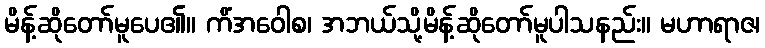
မိန့်ဆိုတော်မူပေ၏။ ကိံအဝေါစ၊ အဘယ်သို့မိန့်ဆိုတော်မူပါသနည်း။ မဟာရာဇ၊